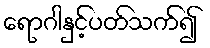
ရောဂါနှင့်ပတ်သက်၍